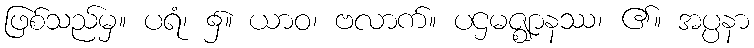
ဖြစ်သည်မှ။ ပရံ၊ ၌။ ယာဝ၊ ဗလာက်။ ပဌမဇ္ဈာနဿ၊ ၏။ အပ္ပနာ